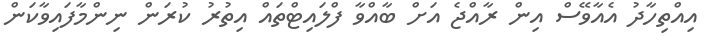
އިއްތިހާދު އެއާވޭސް އިން ރާއްޖެ އަށް ބާއްވާ ފްލައިޓްތައް އިތުރު ކުރަން ނިންމާފައިވާކަން